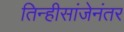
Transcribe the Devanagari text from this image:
तिन्हीसांजेनंतर